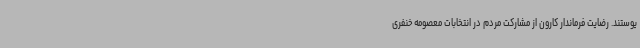
یوستند. رضایت فرماندار کارون از مشارکت مردم در انتخابات معصومه خنفری